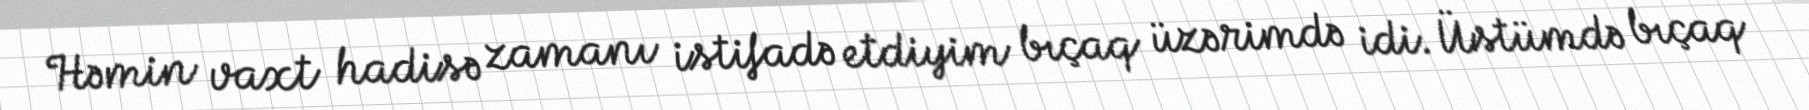
Həmin vaxt hadisə zamanı istifadə etdiyim bıçaq üzərimdə idi. Üstümdə bıçaq